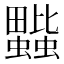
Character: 𧔆